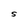
Character: S